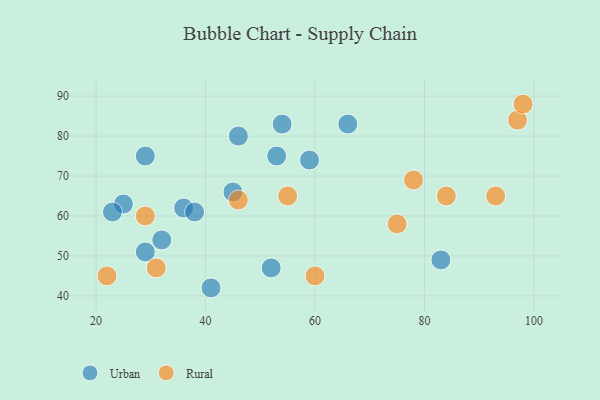
{"axis": {"x": "GDP", "y": "Life Expectancy"}, "legend": ["Rural", "Urban"], "data": [{"x": "36", "y": 62, "type": "Urban"}, {"x": "29", "y": 51, "type": "Urban"}, {"x": "38", "y": 61, "type": "Urban"}, {"x": "32", "y": 54, "type": "Urban"}, {"x": "59", "y": 74, "type": "Urban"}, {"x": "41", "y": 42, "type": "Urban"}, {"x": "54", "y": 83, "type": "Urban"}, {"x": "83", "y": 49, "type": "Urban"}, {"x": "45", "y": 66, "type": "Urban"}, {"x": "52", "y": 47, "type": "Urban"}, {"x": "66", "y": 83, "type": "Urban"}, {"x": "29", "y": 75, "type": "Urban"}, {"x": "25", "y": 63, "type": "Urban"}, {"x": "53", "y": 75, "type": "Urban"}, {"x": "23", "y": 61, "type": "Urban"}, {"x": "46", "y": 80, "type": "Urban"}, {"x": "78", "y": 69, "type": "Rural"}, {"x": "97", "y": 84, "type": "Rural"}, {"x": "60", "y": 45, "type": "Rural"}, {"x": "84", "y": 65, "type": "Rural"}, {"x": "93", "y": 65, "type": "Rural"}, {"x": "29", "y": 60, "type": "Rural"}, {"x": "55", "y": 65, "type": "Rural"}, {"x": "31", "y": 47, "type": "Rural"}, {"x": "98", "y": 88, "type": "Rural"}, {"x": "75", "y": 58, "type": "Rural"}, {"x": "46", "y": 64, "type": "Rural"}, {"x": "22", "y": 45, "type": "Rural"}]}